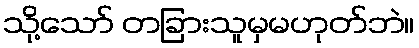
သို့သော် တခြားသူမှမဟုတ်ဘဲ။